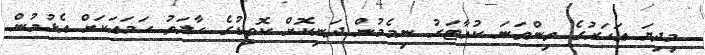
މިދިޔަ އަހަރުގެ ތިންވަނަ ކުއާޓަރު ނިމެމުން ދަނިކޮށް ކޮވިޑުގެ ހާލަތު ހަމައަކަށް އެޅުމުން